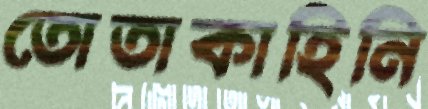
তোতাকাহিনি